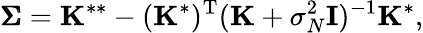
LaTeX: {\pmb{\Sigma}}=\mathbf{K}^{**}-(\mathbf{K}^{*})^{\mathrm{T}}(\mathbf{K}+\sigma_{N}^{2}{\mathbf{I}})^{-1}\mathbf{K}^{*},